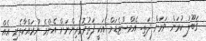
ޤަބޫލު ކުރަން ވަރަށް ދަތި. އެމްސްޓެޑަމް އަކީ ފަތުރުވެރިންނަށް އެންމެ ނުރައްކާތެރި އެއް